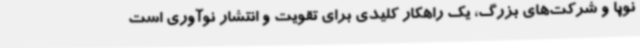
نوپا و شرکت‌های بزرگ، یک راهکار کلیدی برای تقویت و انتشار نوآوری است